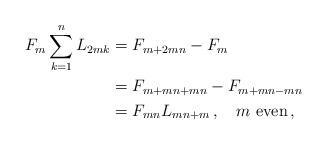
LaTeX: \begin{align*}F_m \sum_{k = 1}^n {L_{2mk} } &= F_{m + 2mn} - F_m\\ &= F_{m + mn + mn} - F_{m + mn - mn}\\ &= F_{mn} L_{mn + m}\,,\quad\mbox{$m$ even}\,, \end{align*}